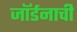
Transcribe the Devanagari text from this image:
जॉर्डनाची